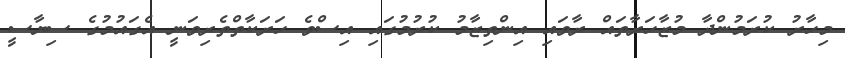
މިހާރު ކުރަމުންދާ މުޒާހަރާތައް ރާވައި އިންތިޒާމު ކުރުމުގައި އިސްވެ ހަރަކާތްތެރިވަނީ އެގައުމުގެ ސިޔާސީ